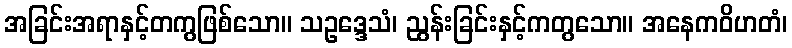
အခြင်းအရာနှင့်တကွဖြစ်သော။ သဥဒ္ဒေသံ၊ ညွန်းခြင်းနှင့်ကတွသော။ အနေကဝိဟတံ၊